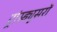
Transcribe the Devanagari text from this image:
ट्रांस्ड्यूसरों